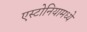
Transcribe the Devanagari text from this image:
एस्टोनियामध्ये